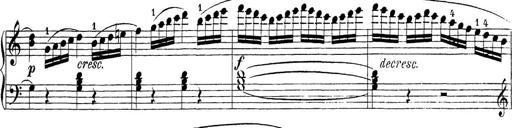
Title: Sonatina Album
Composer: Louis KÃ¶hler